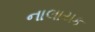
નાલાયક